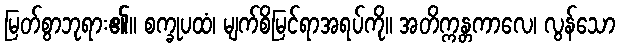
မြတ်စွာဘုရား၏။ စက္ခုပထံ၊ မျက်စိမြင်ရာအရပ်ကို။ အတိက္ကန္တကာလေ၊ လွန်သော